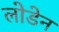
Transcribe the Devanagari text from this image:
लोडेन